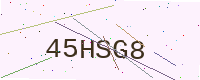
Text: 45HSG8